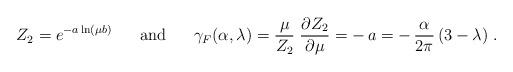
LaTeX: \begin{align*}Z_{2}= e^{-a\ln (\mu b)} \;\;\;\;\;\; {\rm and} \;\;\;\;\;\; \gamma_{F}(\alpha , \lambda )= \frac{\mu}{Z_{2}}\;\frac{\partial Z_{2}}{\partial \mu} = -\,a= -\, \frac{\alpha}{2\pi}\,(3-\lambda ) \; .\end{align*}